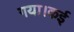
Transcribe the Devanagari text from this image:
गया।कई